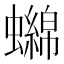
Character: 𧓭